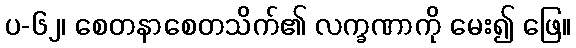
ပ-၆၂၊ စေတနာစေတသိက်၏ လက္ခဏာကို မေး၍ ဖြေ။